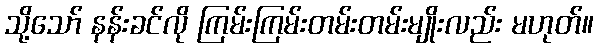
သို့သော် နန်းခင်လို ကြမ်းကြမ်းတမ်းတမ်းမျိုးလည်း မဟုတ်။